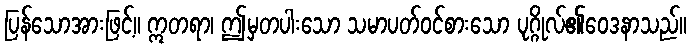
ပြန်သောအားဖြင့်။ ဣတရာ၊ ဤမှတပါးသော သမာပတ်ဝင်စားသော ပုဂ္ဂိုလ်၏ဝေဒနာသည်။